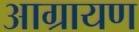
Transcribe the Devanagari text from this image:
आग्रायण